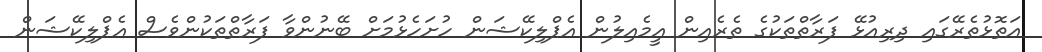
އަތޮޅުތެރޭގައި ދިރިއުޅޭ ފަރާތްތަކުގެ ތެރެއިން އީމެއިލުން އެޕްލިކޭޝަން ހުށަހެޅުމަށް ބޭނުންވާ ފަރާތްތަކުންވެސް އެޕްލިކޭޝަން